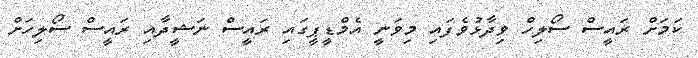
ކަމަށް ރައީސް ސޯލިހް ވިދާޅުވެފައި މިވަނީ އެމްޑީޕީގައި ރައީސް ނަޝީދާއި ރައީސް ސޯލިހަށް